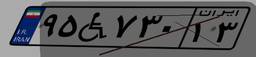
۹۵W۷۳۰۱۳